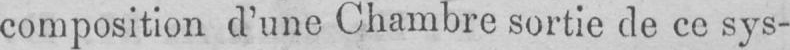
composition d’une Chambre sortie de ce sys-